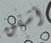
أشفق